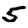
Digit: 5